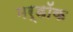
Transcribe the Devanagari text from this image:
मर्डॉक